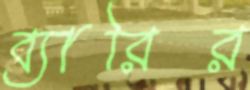
ব্যারির